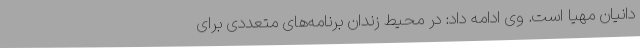
دانیان مهیا است. وی ادامه داد: در محیط زندان برنامه‌های متعددی برای